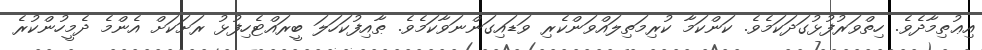
އިޢުތިމާދެވެ. ހިތްވަރުފުޅުގަދަކަމެވެ. ކަންކަމާ ކުރިމަތިލައްވަންކެރި ވަޑައިގަންނަވާކަމެވެ. ޠާއިފުކަހަލަ ބީރައްޓެހިފުޅު ރަށަކަށް އެންމެ ދެމީހުންކުރެ